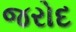
જરોદ